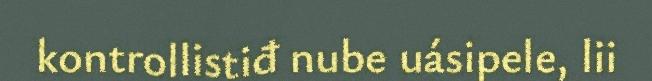
kontrollistiđ nube uásipele, lii